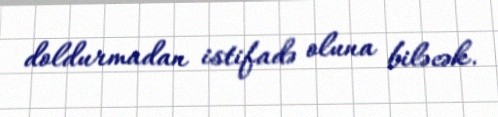
doldurmadan istifadə oluna biləcək.